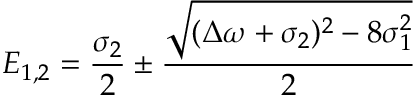
E _ { 1 , 2 } = \frac { \sigma _ { 2 } } { 2 } \pm \frac { \sqrt { ( \Delta \omega + \sigma _ { 2 } ) ^ { 2 } - 8 \sigma _ { 1 } ^ { 2 } } } { 2 }